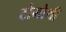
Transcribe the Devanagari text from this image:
टोमोथी